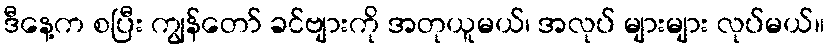
ဒီနေ့က စပြီး ကျွန်တော် ခင်ဗျားကို အတုယူမယ်၊ အလုပ် များများ လုပ်မယ်။